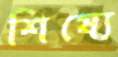
শিষ্যে